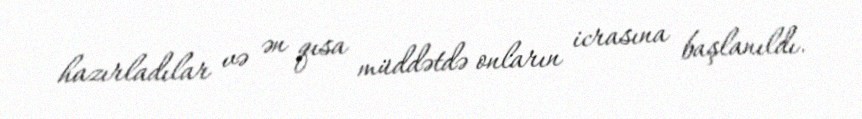
hazırladılar və ən qısa müddətdə onların icrasına başlanıldı.